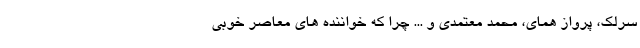
سرلک، پرواز همای، محمد معتمدی و ... چرا که خواننده های معاصر خوبی